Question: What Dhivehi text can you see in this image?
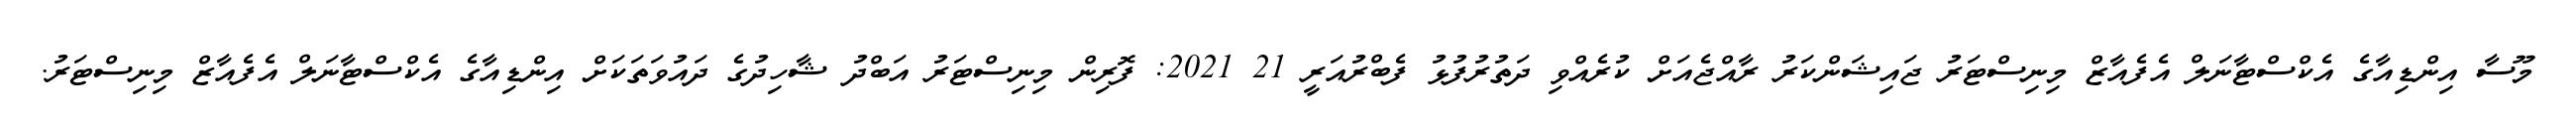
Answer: މޫސާ އިންޑިއާގެ އެކްސްޓާނަލް އެފެއާޒް މިނިސްޓަރު ޖައިޝަންކަރު ރާއްޖެއަށް ކުރެއްވި ދަތުރުފުޅު ފެބްރުއަރީ 21 2021: ފޮރިން މިނިސްޓަރު އަބްދު ޝާހިދުގެ ދައުވަތަކަށް އިންޑިއާގެ އެކްސްޓާނަލް އެފެއާޒް މިނިސްޓަރު.